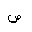
Letter: _sad